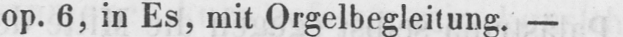
op. 6, in Es, mit Orgelbegleitung. -